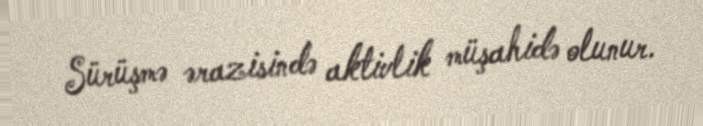
Sürüşmə ərazisində aktivlik müşahidə olunur.